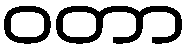
ဝတာ